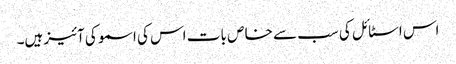
اس اسٹا ئل کی سب سے خا ص با ت اس کی اسمو کی آئیز ہیں۔